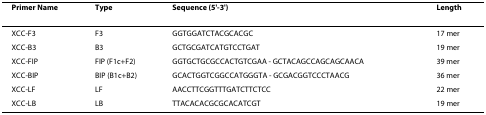
<table><thead><tr><td><b>Primer Name</b></td><td><b>Type</b></td><td><b>Sequence (5&#x27;-3&#x27;)</b></td><td><b>Length</b></td></tr></thead><tbody><tr><td>XCC-F3</td><td>F3</td><td>GGTGGATCTACGCACGC</td><td>17 mer</td></tr><tr><td>XCC-B3</td><td>B3</td><td>GCTGCGATCATGTCCTGAT</td><td>19 mer</td></tr><tr><td>XCC-FIP</td><td>FIP (F1c+F2)</td><td>GGTGCTGCGCCACTGTCGAA - GCTACAGCCAGCAGCAACA</td><td>39 mer</td></tr><tr><td>XCC-BIP</td><td>BIP (B1c+B2)</td><td>GCACTGGTCGGCCATGGGTA - GCGACGGTCCCTAACG</td><td>36 mer</td></tr><tr><td>XCC-LF</td><td>LF</td><td>AACCTTCGGTTTGATCTTCTCC</td><td>22 mer</td></tr><tr><td>XCC-LB</td><td>LB</td><td>TTACACACGCGCACATCGT</td><td>19 mer</td></tr></tbody></table>